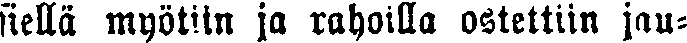
siellä myötiin ja rahoilla ostettiin jau-